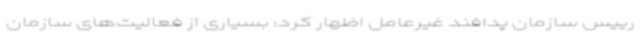
رییس سازمان پدافند غیرعامل اظهار کرد: بسیاری از فعالیت‌های سازمان